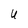
Character: 4